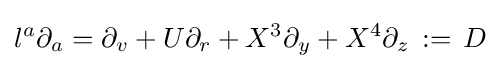
l^{a}\partial _{a}=\partial _{v}+U\partial _{r}+X^{3}\partial _{y}+X^{4}\partial _{z}\,:=\,D